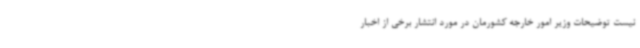
نیست توضیحات وزیر امور خارجه کشورمان در مورد انتشار برخی از اخبار